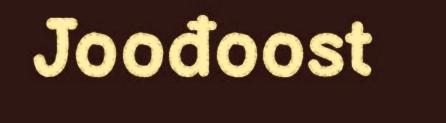
Joođoost